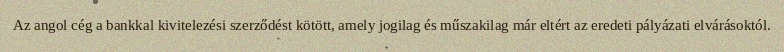
Az angol cég a bankkal kivitelezési szerződést kötött, amely jogilag és műszakilag már eltért az eredeti pályázati elvárásoktól.